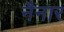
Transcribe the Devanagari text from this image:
नैनार